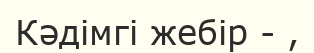
Кәдімгі жебір - ,